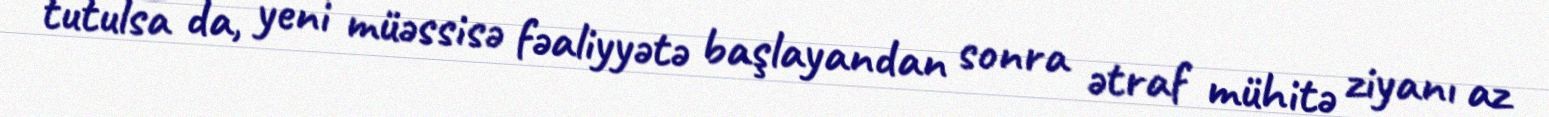
tutulsa da, yeni müəssisə fəaliyyətə başlayandan sonra ətraf mühitə ziyanı az